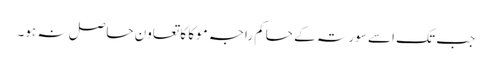
جب تک اسے سورتہ کے حاکم راجہ موکا کا تعاون حاصل نہ ہو۔